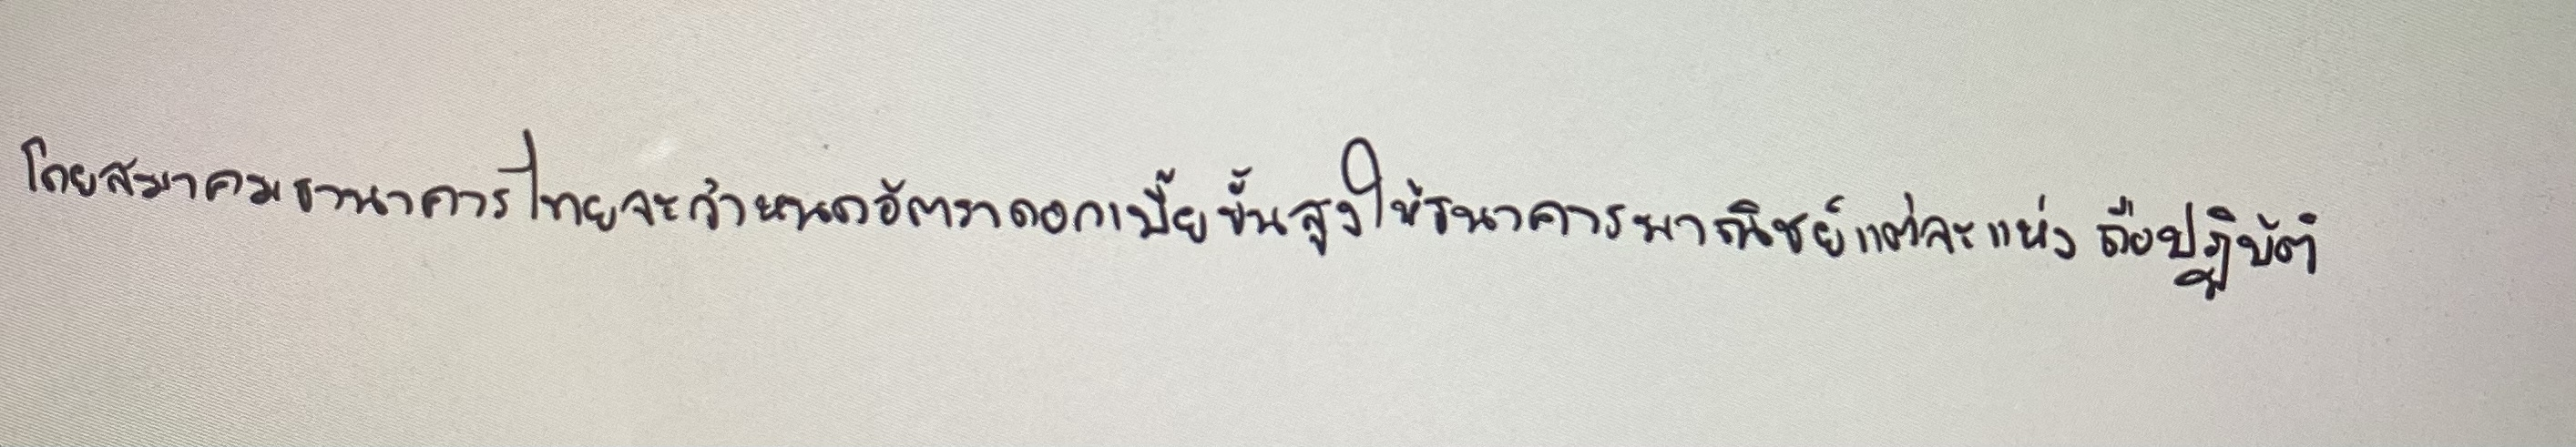
โดยสมาคมธนาคารไทยจะกำหนดอัตราดอกเบี้ยขั้นสูงให้ธนาคารพาณิชย์แต่ละแห่งถือปฏิบัติ